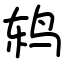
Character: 鸫